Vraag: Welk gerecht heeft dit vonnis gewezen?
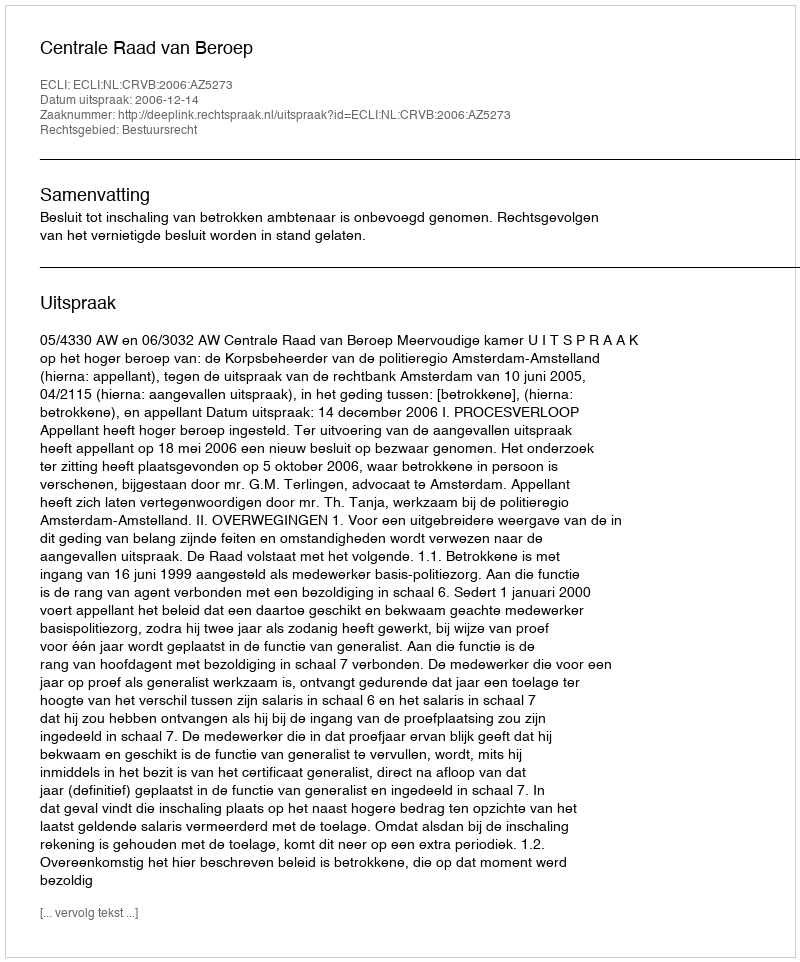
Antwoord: Centrale Raad van Beroep